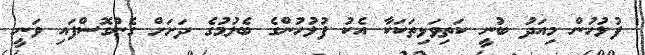
ފުލުހުން މިއަދު ބުނީ ކަތިވަޅިތަކަކާ އެކު ފުލުހުންގެ ބެލުމުގެ ދަށަށް ގެންގޮސްފައި ވަނީ